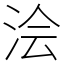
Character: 浍